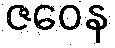
ဇဝေန